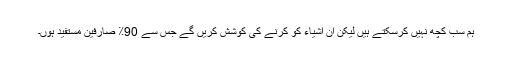
ہم سب کچھ نہیں کرسکتے ہیں لیکن ان اشیاء کو کرنے کی کوشش کریں گے جس سے 90٪ صارفین مستفید ہوں۔